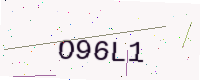
Text: O96L1